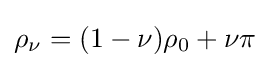
\rho _{\nu }=(1-\nu )\rho _{0}+\nu \pi